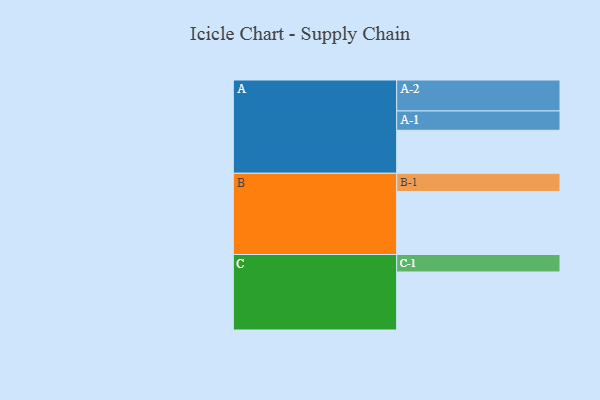
{"axis": {"x": "Segment", "y": "Value"}, "legend": ["", "A", "B", "C"], "data": [{"x": "A", "y": 389, "type": ""}, {"x": "B", "y": 570, "type": ""}, {"x": "C", "y": 525, "type": ""}, {"x": "A-1", "y": 175, "type": "A"}, {"x": "A-2", "y": 280, "type": "A"}, {"x": "B-1", "y": 165, "type": "B"}, {"x": "C-1", "y": 158, "type": "C"}]}